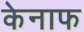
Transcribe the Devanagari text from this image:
केनाफ